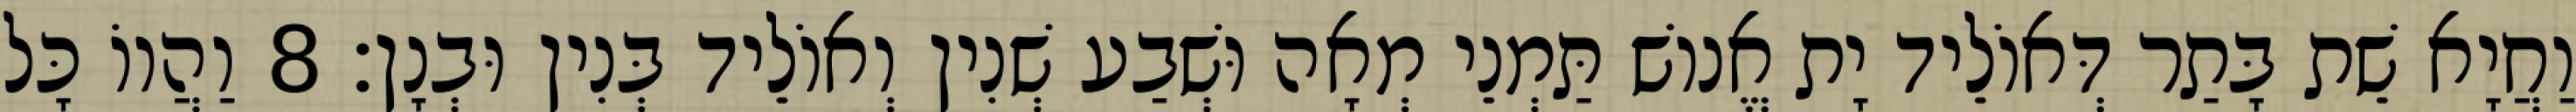
וַחֲיָא שֵׁת בָּתַר דְּאוֹלֵיד יָת אֱנוֹשׁ תַּמְנֵי מְאָה וּשְׁבַע שְׁנִין וְאוֹלֵיד בְּנִין וּבְנָן׃ 8 וַהֲווֹ כָּל